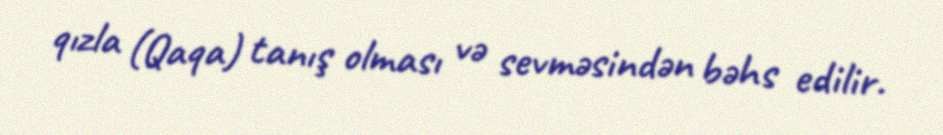
qızla (Qaqa) tanış olması və sevməsindən bəhs edilir.